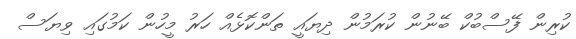
ކުރިން ފޭސްބުކް ބޭނުން ކުރަމުން ދިޔައީ ތަންކޮޅެއް ހަރު މީހުން ކަމުގައި ވިޔަސް